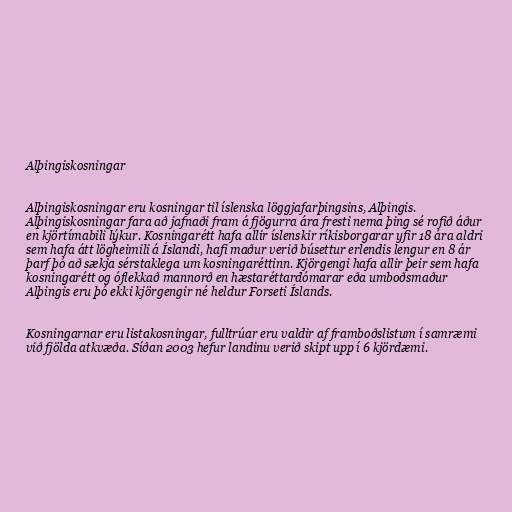
Alþingiskosningar

Alþingiskosningar eru kosningar til íslenska löggjafarþingsins, Alþingis.
Alþingiskosningar fara að jafnaði fram á fjögurra ára fresti nema þing sé rofið áður
en kjörtímabili lýkur. Kosningarétt hafa allir íslenskir ríkisborgarar yfir 18 ára aldri
sem hafa átt lögheimili á Íslandi, hafi maður verið búsettur erlendis lengur en 8 ár
þarf þó að sækja sérstaklega um kosningaréttinn. Kjörgengi hafa allir þeir sem hafa
kosningarétt og óflekkað mannorð en hæstaréttardómarar eða umboðsmaður
Alþingis eru þó ekki kjörgengir né heldur Forseti Íslands.

Kosningarnar eru listakosningar, fulltrúar eru valdir af framboðslistum í samræmi
við fjölda atkvæða. Síðan 2003 hefur landinu verið skipt upp í 6 kjördæmi.